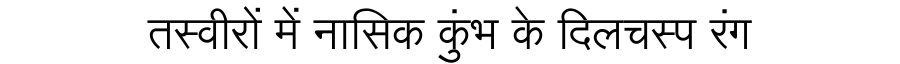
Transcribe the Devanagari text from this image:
तस्वीरों में नासिक कुंभ के दिलचस्प रंग